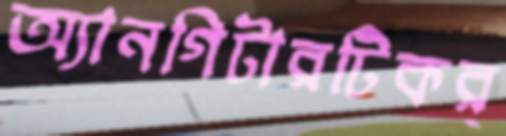
অ্যানগিটারটিকর্